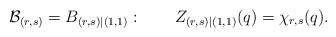
\begin{align*}{\cal B}_{(r,s)}=B_{(r,s)|(1,1)}: \qquad Z_{(r,s)|(1,1)}(q)=\chi _{r,s}(q).\end{align*}